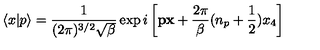
\langle x | p \rangle = \frac 1 { ( 2 \pi ) ^ { 3 / 2 } \sqrt { \beta } } \exp i \left[ { \bf p x } + \frac { 2 \pi } { \beta } ( n _ { p } + \frac 1 2 ) x _ { 4 } \right]